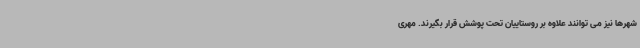
شهرها نیز می توانند علاوه بر روستاییان تحت پوشش قرار بگیرند. مهری